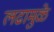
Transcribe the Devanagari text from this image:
लढामुळे